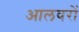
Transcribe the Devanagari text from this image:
आलवरों